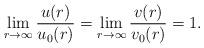
LaTeX: \begin{align*} \lim_{r\to \infty} \frac{u(r)}{u_0(r)} = \lim_{r\to \infty} \frac{v(r)}{v_0(r)} = 1.\end{align*}